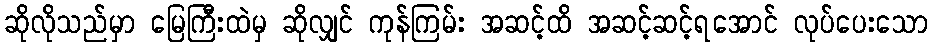
ဆိုလိုသည်မှာ မြေကြီးထဲမှ ဆိုလျှင် ကုန်ကြမ်း အဆင့်ထိ အဆင့်ဆင့်ရအောင် လုပ်ပေးသော